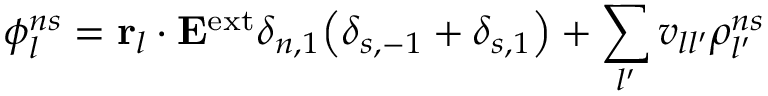
\phi _ { l } ^ { n s } = { \bf r } _ { l } \cdot { \bf E } ^ { \mathrm { e x t } } \delta _ { n , 1 } \mathopen { } \left( \delta _ { s , - 1 } + \delta _ { s , 1 } \right) \mathclose { } + \sum _ { l ^ { \prime } } v _ { l l ^ { \prime } } \rho _ { l ^ { \prime } } ^ { n s }